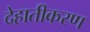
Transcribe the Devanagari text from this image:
देहातीकरण